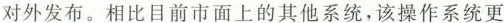
对外发布。相比目前市面上的其他系统，该操作系统更